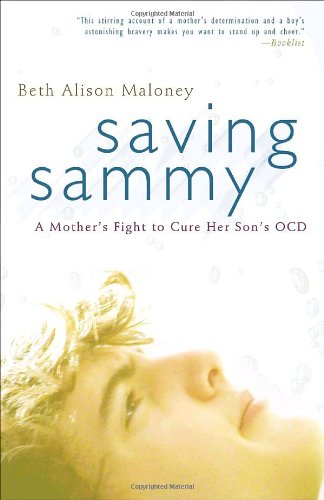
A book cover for Saving Sammy: A Mother's Fight to Cure Her Son's OCD; Beth Alison Maloney; Health, Fitness & Dieting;